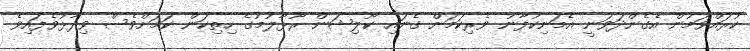
ކުރައްވަމުން އެގެންދަވަނީ އެމަނިކުފާނު ވެރިކަމަށް ގެނައި ކޯލިޝަން ރޫޅާލުމުގެ ހިތިކަން ކަމަށްވެސް ވިދާޅުވެފައިވެ